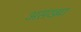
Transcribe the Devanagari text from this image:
असंख्या